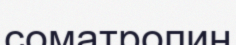
соматропин